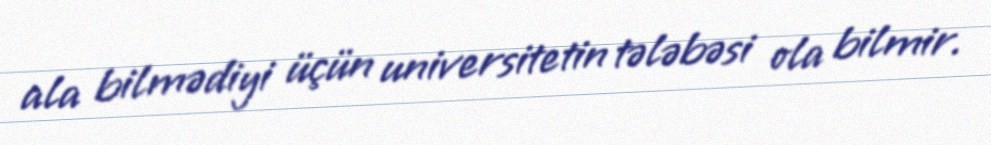
ala bilmədiyi üçün universitetin tələbəsi ola bilmir.